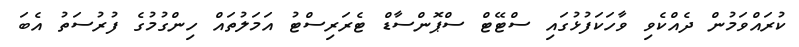
ކުރައްވަމުން ދެއްކެވި ވާހަކަފުޅުގައި ސްޓޭޓް ސްޕޮންސާޑް ޓެރަރިސްޓު އަމަލުތައް ހިންގުމުގެ ފުރުސަތު އެބަ